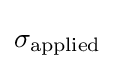
\sigma _{\mathrm {applied} }